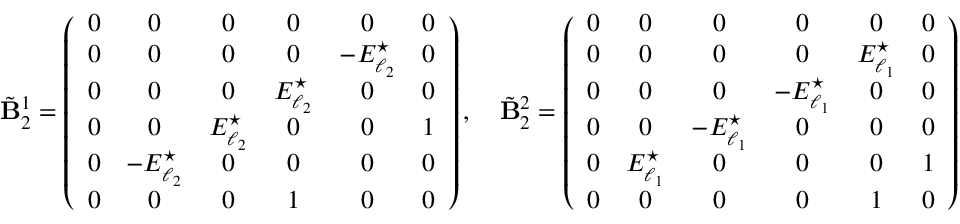
\tilde { \mathbf { B } } _ { 2 } ^ { 1 } = \left( \begin{array} { c c c c c c } { 0 } & { 0 } & { 0 } & { 0 } & { 0 } & { 0 } \\ { 0 } & { 0 } & { 0 } & { 0 } & { - E _ { \ell _ { 2 } } ^ { \star } } & { 0 } \\ { 0 } & { 0 } & { 0 } & { E _ { \ell _ { 2 } } ^ { \star } } & { 0 } & { 0 } \\ { 0 } & { 0 } & { E _ { \ell _ { 2 } } ^ { \star } } & { 0 } & { 0 } & { 1 } \\ { 0 } & { - E _ { \ell _ { 2 } } ^ { \star } } & { 0 } & { 0 } & { 0 } & { 0 } \\ { 0 } & { 0 } & { 0 } & { 1 } & { 0 } & { 0 } \end{array} \right) , \quad \tilde { \mathbf { B } } _ { 2 } ^ { 2 } = \left( \begin{array} { c c c c c c } { 0 } & { 0 } & { 0 } & { 0 } & { 0 } & { 0 } \\ { 0 } & { 0 } & { 0 } & { 0 } & { E _ { \ell _ { 1 } } ^ { \star } } & { 0 } \\ { 0 } & { 0 } & { 0 } & { - E _ { \ell _ { 1 } } ^ { \star } } & { 0 } & { 0 } \\ { 0 } & { 0 } & { - E _ { \ell _ { 1 } } ^ { \star } } & { 0 } & { 0 } & { 0 } \\ { 0 } & { E _ { \ell _ { 1 } } ^ { \star } } & { 0 } & { 0 } & { 0 } & { 1 } \\ { 0 } & { 0 } & { 0 } & { 0 } & { 1 } & { 0 } \end{array} \right)